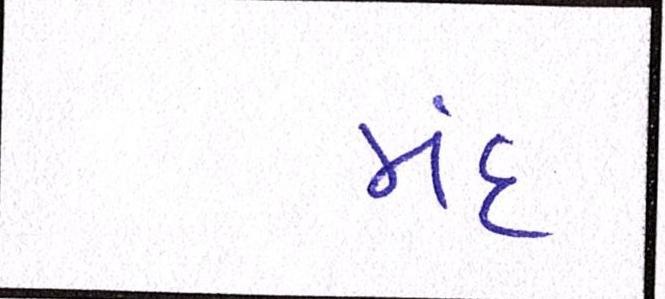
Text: મંદ